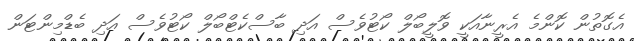
އެގޮތުން ކޮންމެ އެރީނާއަކީ ވޮލީބޯލް ކޯޓުވެސް އަދި ބާސްކެޓްބޯލް ކޯޓުވެސް އަދި ބެޑްމިންޓަން